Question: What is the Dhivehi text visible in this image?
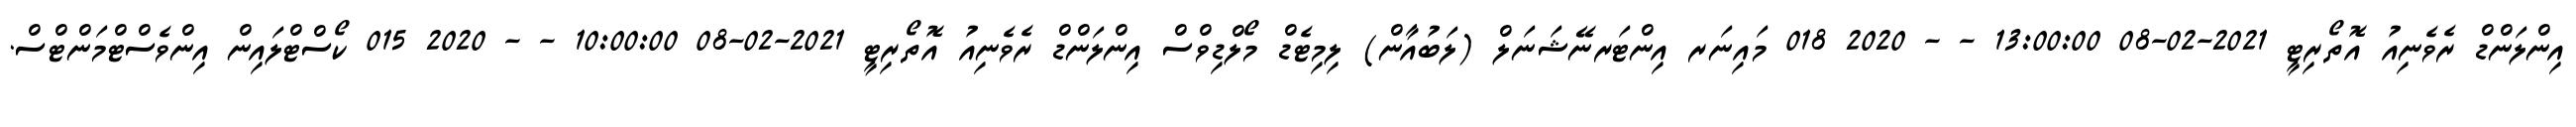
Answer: އިންލަންޑް ރެވެނިއު އޮތޯރިޓީ 2021-02-08 13:00:00 - - 2020 018 މައިނަރ އިންޓަރނޭޝަނަލް (ލަބުއާން) ލިމިޓެޑް މޯލްޑިވްސް އިންލަންޑް ރެވެނިއު އޮތޯރިޓީ 2021-02-08 10:00:00 - - 2020 015 ކޯސްޓްލައިން އިންވެސްޓްމަންޓްސް.